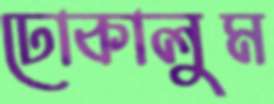
ঢোকালুম